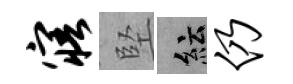
寤堅紜仍